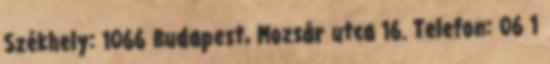
Székhely: 1066 Budapest, Mozsár utca 16. Telefon: 06 1